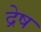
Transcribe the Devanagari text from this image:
द्रेष